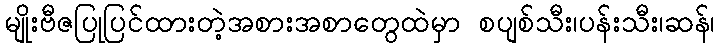
မျိုးဗီဇပြုပြင်ထားတဲ့အစားအစာတွေထဲမှာ စပျစ်သီး၊ပန်းသီး၊ဆန်၊